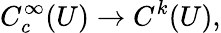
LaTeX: C_{c}^{\infty}(U)\to C^{k}(U),